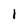
Character: l